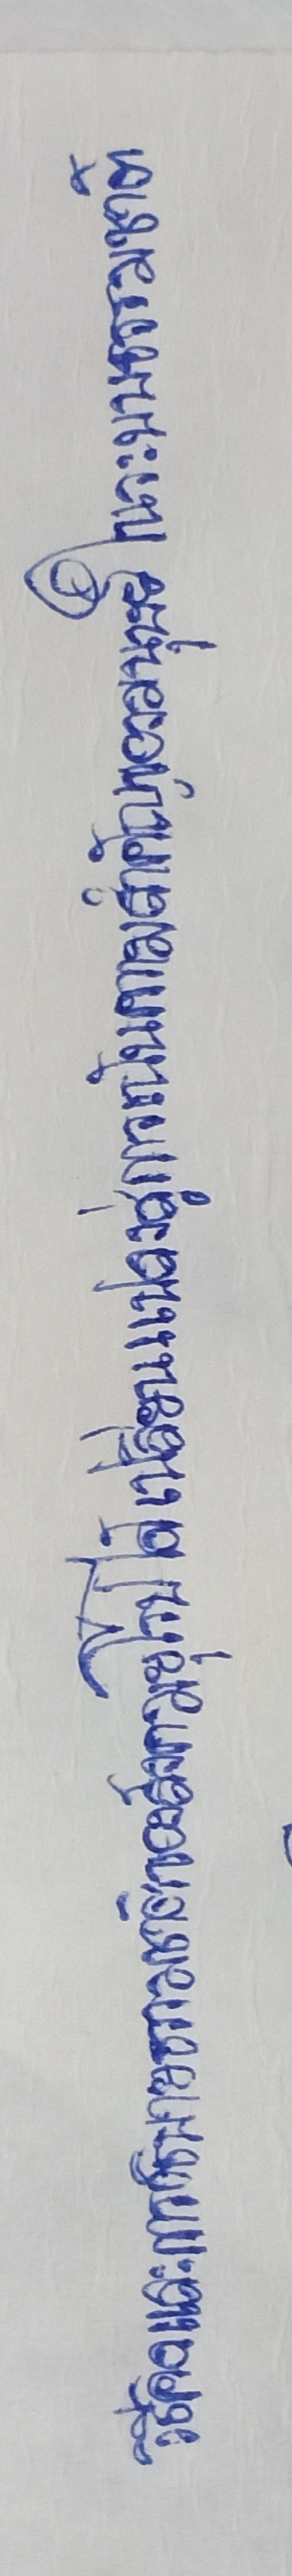
วิธีคิดและการอธิบายธรรมชาติของสังคมยุโรปได้เปลี่ยนแปลงสู่การเน้นความสำคัญของมนุษย์ในระบบธรรมชาติ